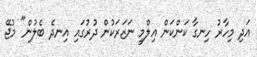
އަދި މިހާރު ހިނގާ ކަންކަން އިލްމީ ނަޒަރަކުން ދުރުގައި އިނދެ ބެލުން" މުޖޭ